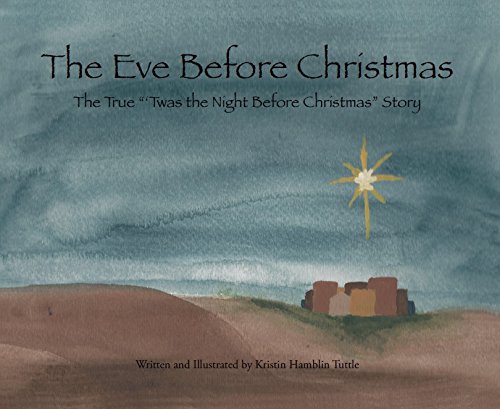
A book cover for The Eve Before Christmas; Kristin Hamblin Tuttle; Christian Books & Bibles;